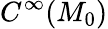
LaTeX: C^{\infty}(M_{0})